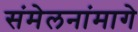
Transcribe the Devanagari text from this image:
संमेलनांमागे